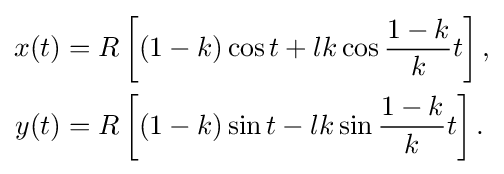
{\begin{aligned}x(t)&=R\left[(1-k)\cos t+lk\cos {\frac {1-k}{k}}t\right],\\y(t)&=R\left[(1-k)\sin t-lk\sin {\frac {1-k}{k}}t\right].\\\end{aligned}}